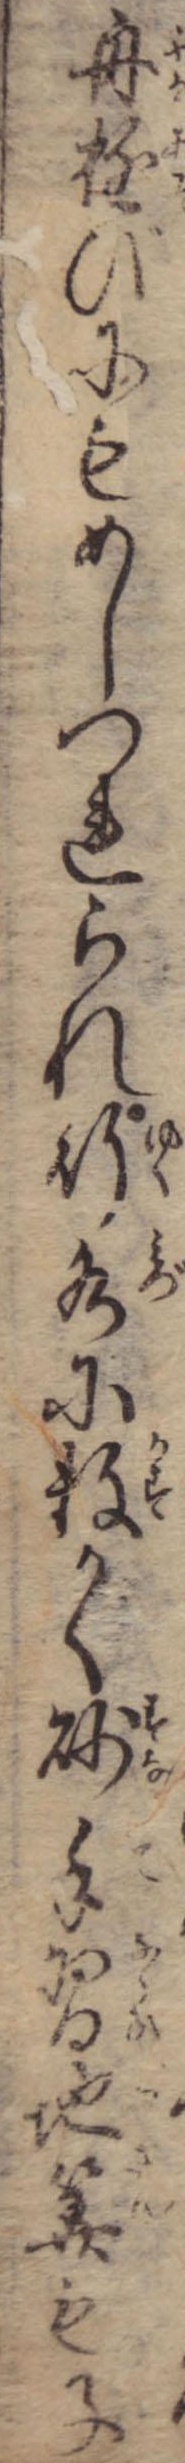
舟遊びにもめしつれられ行水に数かく砂手習地算も子